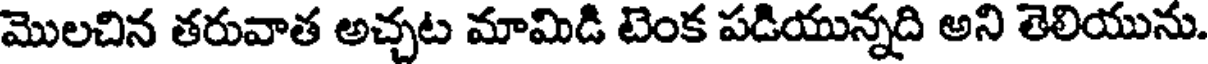
మొలచిన తరువాత అచ్చట మామిడి టెంక పడియున్నది అని తెలియును.